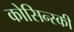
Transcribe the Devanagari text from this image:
कोसिन्स्की